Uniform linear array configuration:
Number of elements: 32
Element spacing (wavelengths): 0.25
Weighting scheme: blackman
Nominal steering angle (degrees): -60
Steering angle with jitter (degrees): -59.598
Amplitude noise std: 0.05
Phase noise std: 0.05

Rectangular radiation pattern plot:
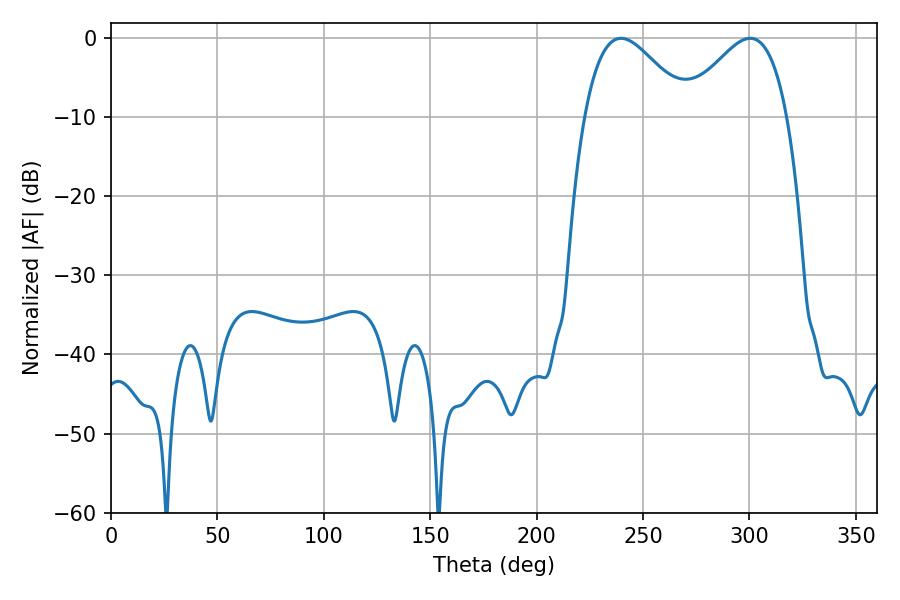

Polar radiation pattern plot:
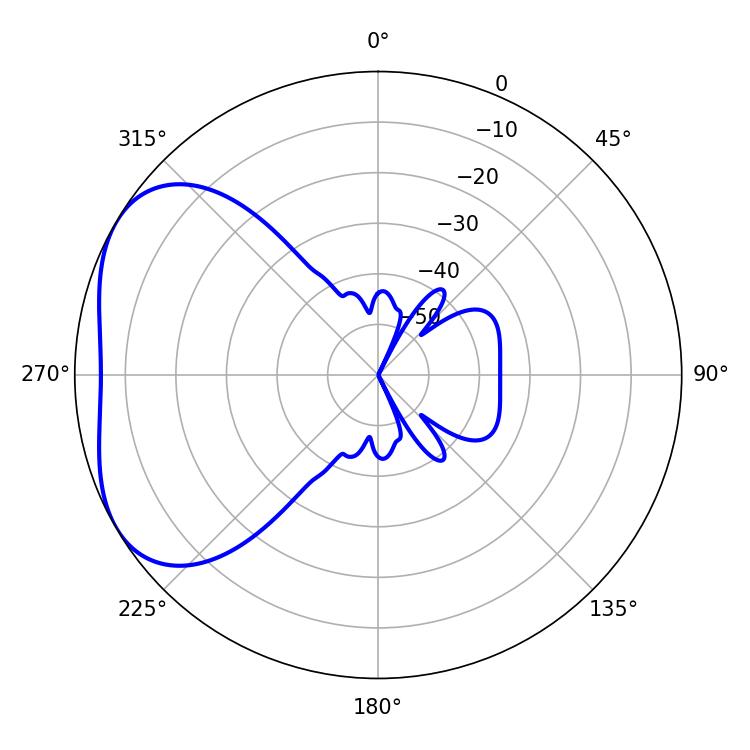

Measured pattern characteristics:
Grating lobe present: FALSE
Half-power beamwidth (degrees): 26.1
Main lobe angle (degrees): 239.58